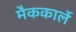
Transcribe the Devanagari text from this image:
मैककार्ले